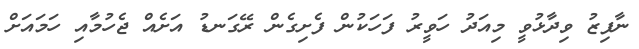
ނާފިޒު ވިދާޅުވީ މިއަދު ހަވީރު ފަހަކުން ފެށިގެން ރޭގަނޑު އަށެއް ޖެހުމާއި ހަމައަށް